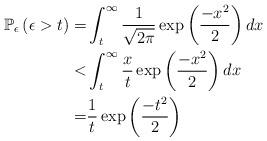
LaTeX: \begin{align*}\mathbb{P}_{\epsilon} \left(\epsilon>t \right)= & \int_{t}^{\infty}\frac{1}{\sqrt{2 \pi}} \exp \left(\frac{-x^2}{2} \right) dx\\< & \int_{t}^{\infty} \frac{x}{t} \exp \left(\frac{-x^2}{2} \right) dx \\= & \frac{1}{t} \exp \left(\frac{-t^2}{2} \right)\end{align*}